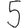
Digit: 5